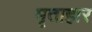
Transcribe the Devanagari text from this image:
मृताहार